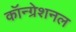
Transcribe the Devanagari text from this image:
कॉन्ग्रेशनल